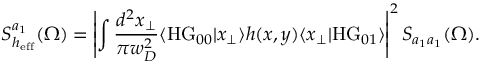
S _ { h _ { \mathrm { e f f } } } ^ { a _ { 1 } } ( \Omega ) = \left| \int \frac { d ^ { 2 } x _ { \perp } } { \pi w _ { D } ^ { 2 } } \langle \mathrm { H G } _ { 0 0 } | x _ { \perp } \rangle h ( x , y ) \langle x _ { \perp } | \mathrm { H G } _ { 0 1 } \rangle \right| ^ { 2 } S _ { a _ { 1 } a _ { 1 } } ( \Omega ) .